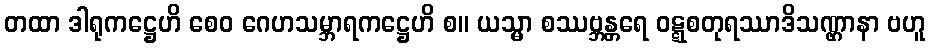
တထာ ဒါရုကဋ္ဌေဟိ စေဝ ဂေဟသမ္ဘာရကဋ္ဌေဟိ စ။ ယသ္မာ စဿဗ္ဘန္တရေ ဝဋ္ဋစတုရဿာဒိသဏ္ဌာနာ ဗဟူ